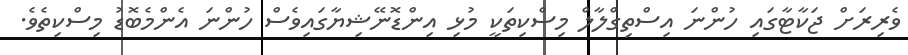
ވެރިރަށް ޖަކާޓާގައި ހުންނަ އިސްތިގްލާލް މިސްކިތަކީ މުޅި އިންޑޮނޭޝިޔާގައިވެސް ހުންނަ އެންމެބޮޑު މިސްކިތެވެ.